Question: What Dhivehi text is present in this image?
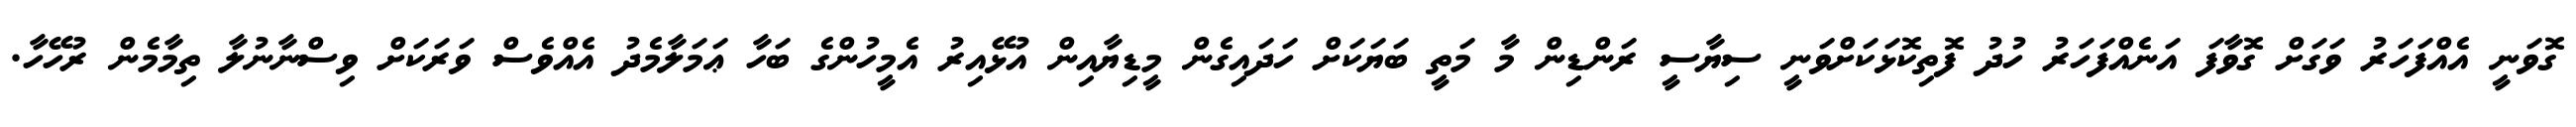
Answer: ގޮވަނީ އެއްފަހަރު ވަގަށް ގޮވާފަ އަނެއްފަހަރު ހުދު ފޮތިކޮޅަކަށްވަނީ ސިޔާސީ ރަންޑިން މާ މަތީ ބަޔަކަށް ހަދައިގެން މީޑިޔާއިން އުޅޭއިރު އެމީހުންގެ ބަހާ ޢަމަލާމެދު އެއްވެސް ވަރަކަށް ވިސްނާނުލާ ތިމާމެން ރުހޭހާ.